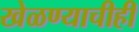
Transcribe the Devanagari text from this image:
खेळण्याचीही